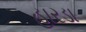
હારડા